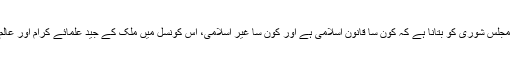
ہم نے ایک اسلامی نظریاتی کونسل قائم کر رکھی ہے جس کا کام مجلس شوریٰ کو بتانا ہے کہ کون سا قانون اسلامی ہے اور کون سا غیر اسلامی، اس کونسل میں ملک کے جید علمائے کرام اور عالم شامل ہوتے ہیں جو دینی معاملات پر قوم کی رہنمائی کرتے ہیں۔